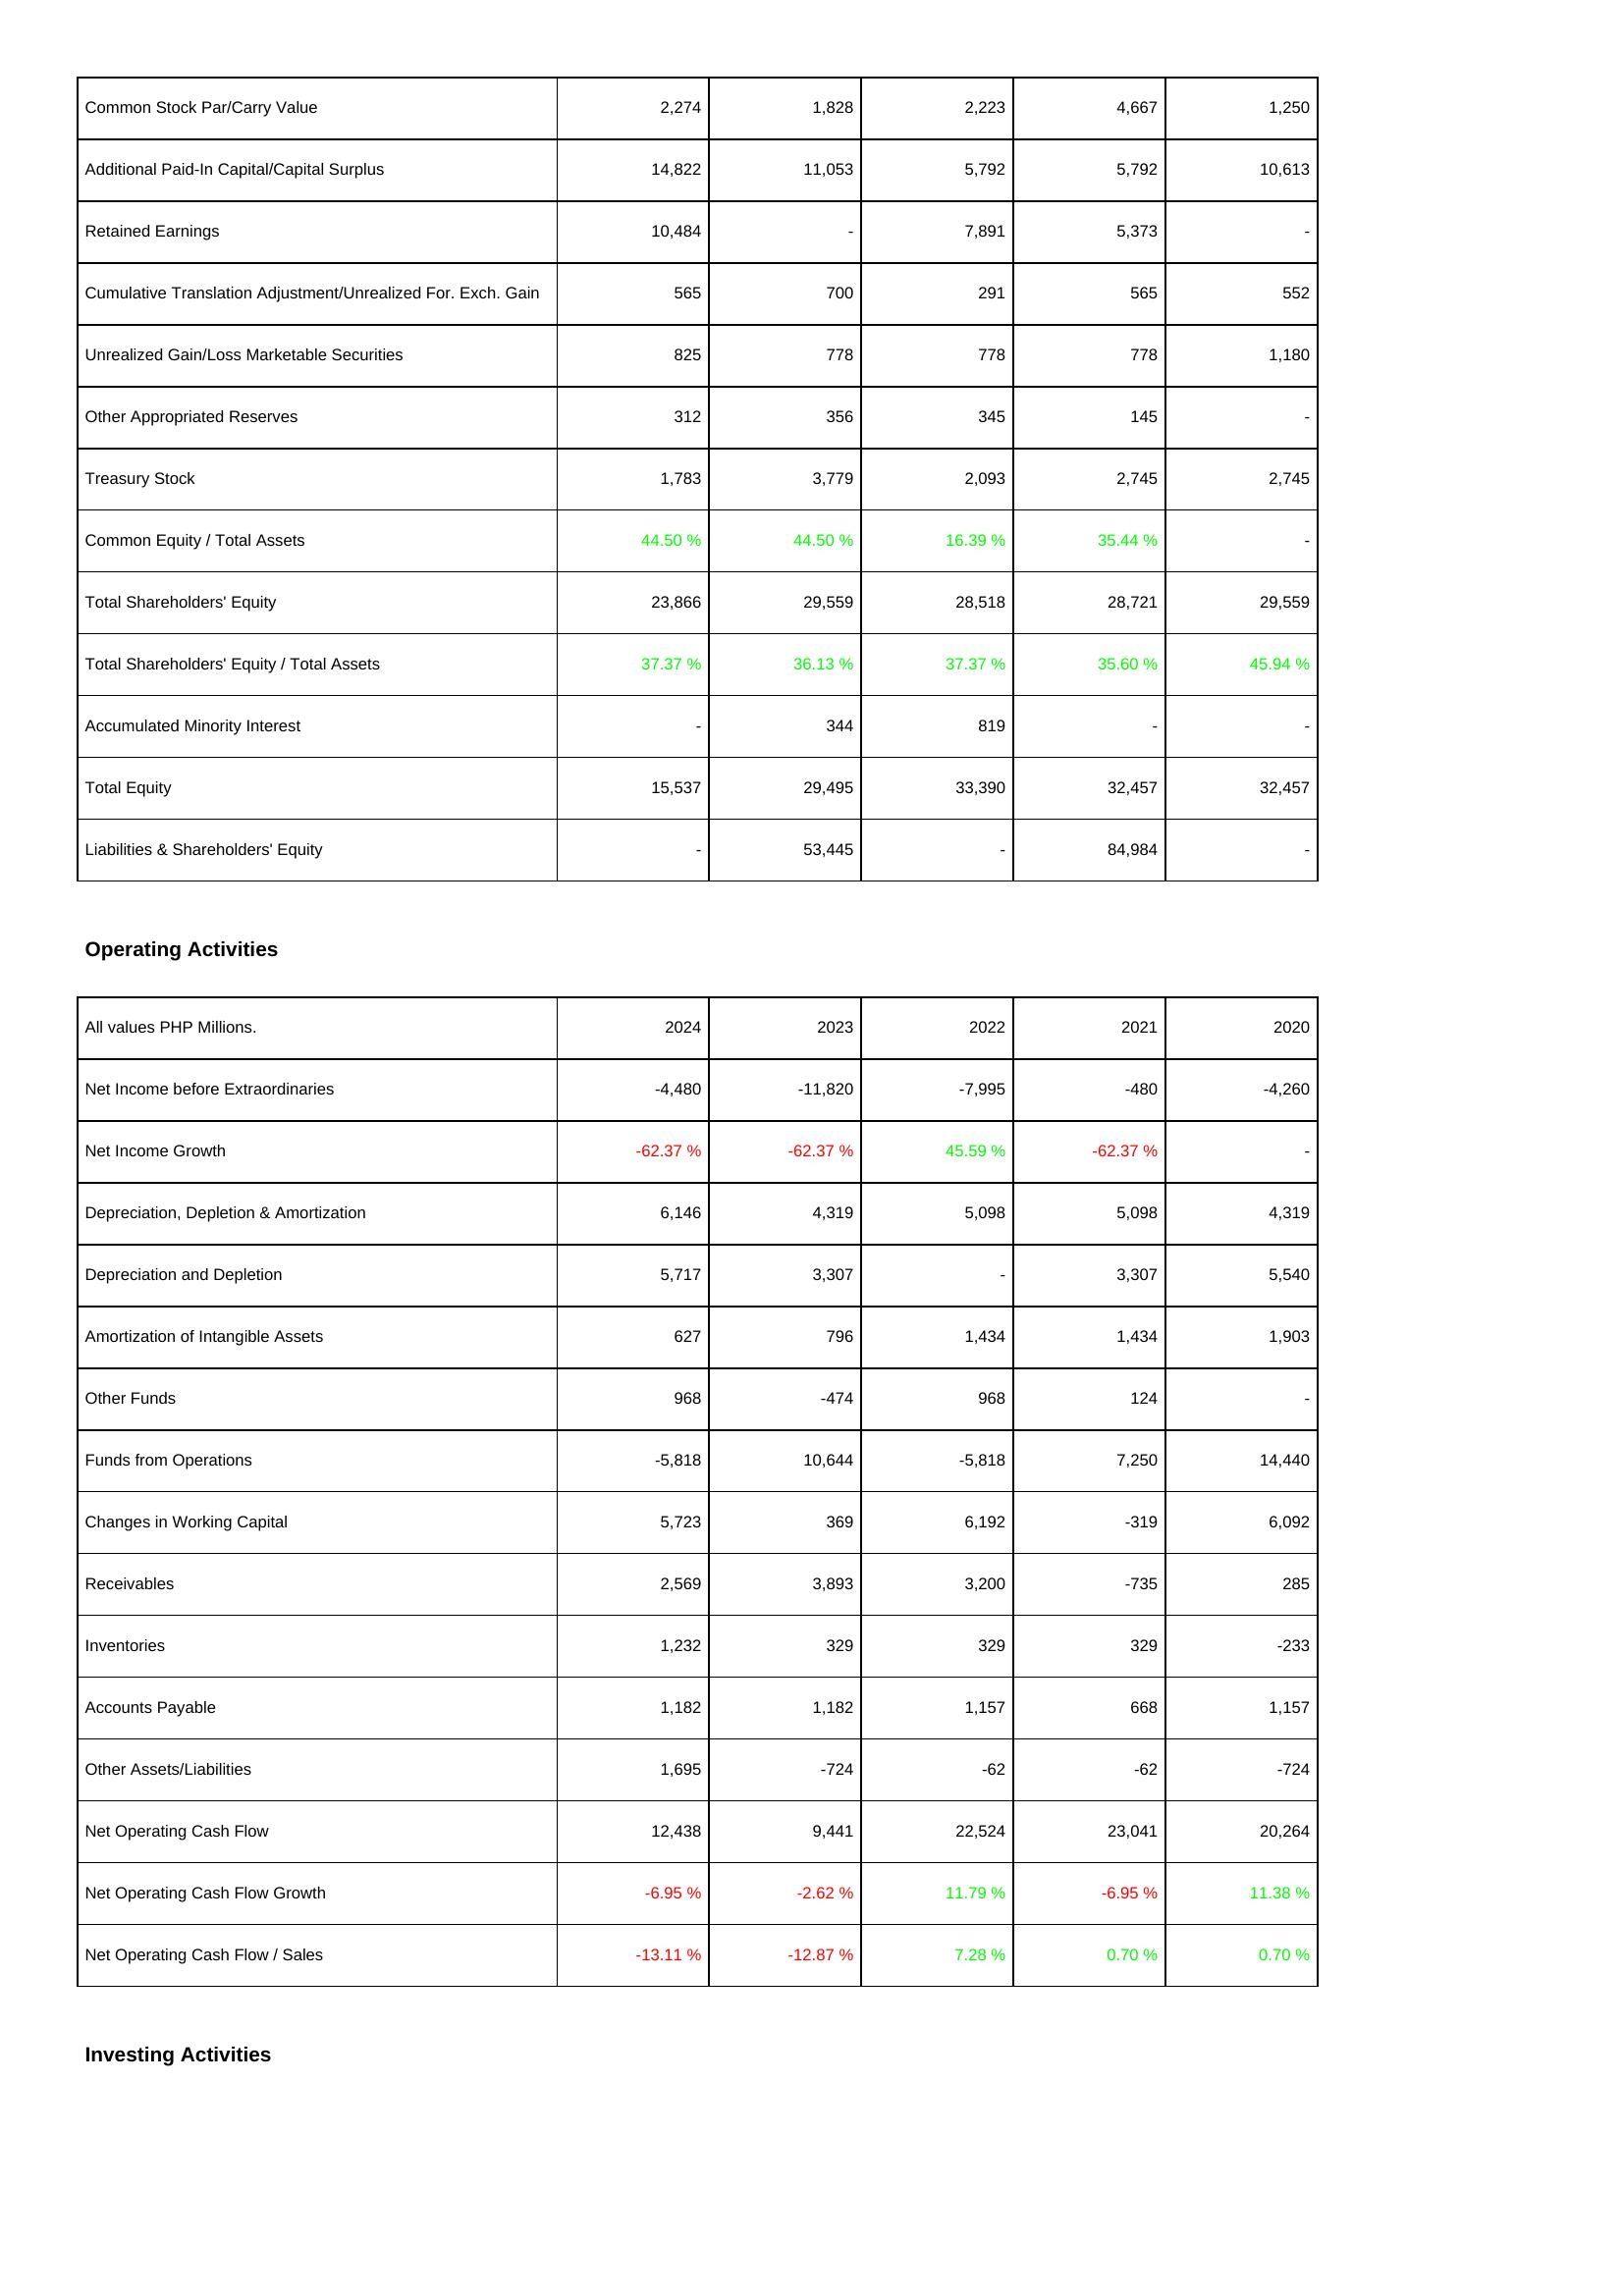
2024: Liabilities & Shareholders' Equity: Common Stock Par/Carry Value: 2,274
Additional Paid-In Capital/Capital Surplus: 14,822
Retained Earnings: 10,484
Cumulative Translation Adjustment/Unrealized For. Exch. Gain: 565
Unrealized Gain/Loss Marketable Securities: 825
Other Appropriated Reserves: 312
Treasury Stock: 1,783
Common Equity / Total Assets: 44.50 %
Total Shareholders' Equity: 23,866
Total Shareholders' Equity / Total Assets: 37.37 %
Accumulated Minority Interest: -
Total Equity: 15,537
Liabilities & Shareholders' Equity: -
Operating Activities: Net Income before Extraordinaries: -4,480
Net Income Growth: -62.37 %
Depreciation, Depletion & Amortization: 6,146
Depreciation and Depletion: 5,717
Amortization of Intangible Assets: 627
Other Funds: 968
Funds from Operations: -5,818
Changes in Working Capital: 5,723
Receivables: 2,569
Inventories: 1,232
Accounts Payable: 1,182
Other Assets/Liabilities: 1,695
Net Operating Cash Flow: 12,438
Net Operating Cash Flow Growth: -6.95 %
Net Operating Cash Flow / Sales: -13.11 %
2023: Liabilities & Shareholders' Equity: Common Stock Par/Carry Value: 1,828
Additional Paid-In Capital/Capital Surplus: 11,053
Retained Earnings: -
Cumulative Translation Adjustment/Unrealized For. Exch. Gain: 700
Unrealized Gain/Loss Marketable Securities: 778
Other Appropriated Reserves: 356
Treasury Stock: 3,779
Common Equity / Total Assets: 44.50 %
Total Shareholders' Equity: 29,559
Total Shareholders' Equity / Total Assets: 36.13 %
Accumulated Minority Interest: 344
Total Equity: 29,495
Liabilities & Shareholders' Equity: 53,445
Operating Activities: Net Income before Extraordinaries: -11,820
Net Income Growth: -62.37 %
Depreciation, Depletion & Amortization: 4,319
Depreciation and Depletion: 3,307
Amortization of Intangible Assets: 796
Other Funds: -474
Funds from Operations: 10,644
Changes in Working Capital: 369
Receivables: 3,893
Inventories: 329
Accounts Payable: 1,182
Other Assets/Liabilities: -724
Net Operating Cash Flow: 9,441
Net Operating Cash Flow Growth: -2.62 %
Net Operating Cash Flow / Sales: -12.87 %
2022: Liabilities & Shareholders' Equity: Common Stock Par/Carry Value: 2,223
Additional Paid-In Capital/Capital Surplus: 5,792
Retained Earnings: 7,891
Cumulative Translation Adjustment/Unrealized For. Exch. Gain: 291
Unrealized Gain/Loss Marketable Securities: 778
Other Appropriated Reserves: 345
Treasury Stock: 2,093
Common Equity / Total Assets: 16.39 %
Total Shareholders' Equity: 28,518
Total Shareholders' Equity / Total Assets: 37.37 %
Accumulated Minority Interest: 819
Total Equity: 33,390
Liabilities & Shareholders' Equity: -
Operating Activities: Net Income before Extraordinaries: -7,995
Net Income Growth: 45.59 %
Depreciation, Depletion & Amortization: 5,098
Depreciation and Depletion: -
Amortization of Intangible Assets: 1,434
Other Funds: 968
Funds from Operations: -5,818
Changes in Working Capital: 6,192
Receivables: 3,200
Inventories: 329
Accounts Payable: 1,157
Other Assets/Liabilities: -62
Net Operating Cash Flow: 22,524
Net Operating Cash Flow Growth: 11.79 %
Net Operating Cash Flow / Sales: 7.28 %
2021: Liabilities & Shareholders' Equity: Common Stock Par/Carry Value: 4,667
Additional Paid-In Capital/Capital Surplus: 5,792
Retained Earnings: 5,373
Cumulative Translation Adjustment/Unrealized For. Exch. Gain: 565
Unrealized Gain/Loss Marketable Securities: 778
Other Appropriated Reserves: 145
Treasury Stock: 2,745
Common Equity / Total Assets: 35.44 %
Total Shareholders' Equity: 28,721
Total Shareholders' Equity / Total Assets: 35.60 %
Accumulated Minority Interest: -
Total Equity: 32,457
Liabilities & Shareholders' Equity: 84,984
Operating Activities: Net Income before Extraordinaries: -480
Net Income Growth: -62.37 %
Depreciation, Depletion & Amortization: 5,098
Depreciation and Depletion: 3,307
Amortization of Intangible Assets: 1,434
Other Funds: 124
Funds from Operations: 7,250
Changes in Working Capital: -319
Receivables: -735
Inventories: 329
Accounts Payable: 668
Other Assets/Liabilities: -62
Net Operating Cash Flow: 23,041
Net Operating Cash Flow Growth: -6.95 %
Net Operating Cash Flow / Sales: 0.70 %
2020: Liabilities & Shareholders' Equity: Common Stock Par/Carry Value: 1,250
Additional Paid-In Capital/Capital Surplus: 10,613
Retained Earnings: -
Cumulative Translation Adjustment/Unrealized For. Exch. Gain: 552
Unrealized Gain/Loss Marketable Securities: 1,180
Other Appropriated Reserves: -
Treasury Stock: 2,745
Common Equity / Total Assets: -
Total Shareholders' Equity: 29,559
Total Shareholders' Equity / Total Assets: 45.94 %
Accumulated Minority Interest: -
Total Equity: 32,457
Liabilities & Shareholders' Equity: -
Operating Activities: Net Income before Extraordinaries: -4,260
Net Income Growth: -
Depreciation, Depletion & Amortization: 4,319
Depreciation and Depletion: 5,540
Amortization of Intangible Assets: 1,903
Other Funds: -
Funds from Operations: 14,440
Changes in Working Capital: 6,092
Receivables: 285
Inventories: -233
Accounts Payable: 1,157
Other Assets/Liabilities: -724
Net Operating Cash Flow: 20,264
Net Operating Cash Flow Growth: 11.38 %
Net Operating Cash Flow / Sales: 0.70 %